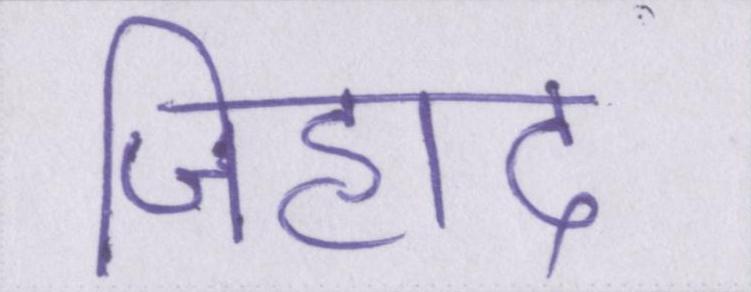
जिहाद